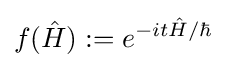
f({\hat {H}}):=e^{-it{\hat {H}}/\hbar }